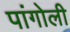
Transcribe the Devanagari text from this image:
पांगोली